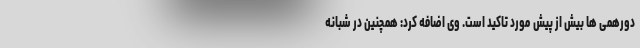
دورهمی ها بیش از پیش مورد تاکید است. وی اضافه کرد: همچنین در شبانه